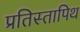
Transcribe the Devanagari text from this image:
प्रतिस्तापिथ